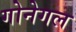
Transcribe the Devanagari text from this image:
गोनेगल